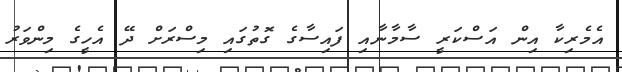
އެމެރިކާ އިން އަސްކަރީ ސާމާނާއި ފައިސާގެ ގޮތުގައި މިސްރަށް ދޭ އެހީގެ މިންވަރު